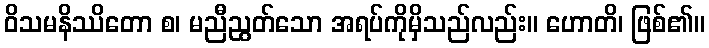
ဝိသမနိဿိတော စ၊ မညီညွတ်သော အရပ်ကိုမှိသည်လည်း။ ဟောတိ၊ ဖြစ်၏။